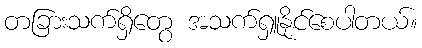
တခြားသက်ရှိတွေ အသက်ရှူနိုင်စေပါတယ်။